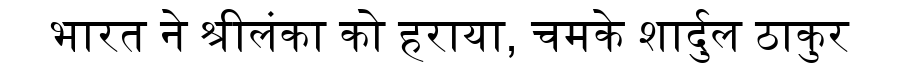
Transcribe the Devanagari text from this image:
भारत ने श्रीलंका को हराया, चमके शार्दुल ठाकुर